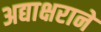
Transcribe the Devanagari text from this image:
अद्याक्षराने